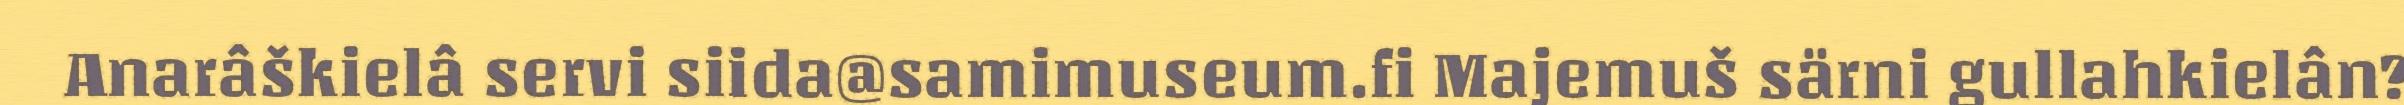
Anarâškielâ servi siida@samimuseum.fi Majemuš särni gullahkielân?